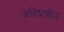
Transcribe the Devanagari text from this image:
अतिप्रचीन